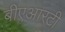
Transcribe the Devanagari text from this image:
बीएआरटी